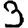
Digit: 3